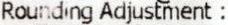
ROUNDING ADJUSTMENT :